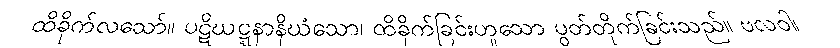
ထိခိုက်လသော်။ ပဋိဃဋ္ဋနာနိဃံသော၊ ထိခိုက်ခြင်းဟူသော ပွတ်တိုက်ခြင်းသည်။ ဗလဝါ၊